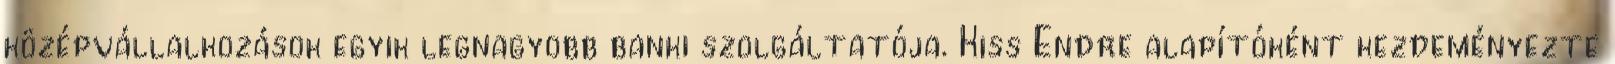
középvállalkozások egyik legnagyobb banki szolgáltatója. Kiss Endre alapítóként kezdeményezte